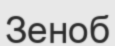
Зеноб